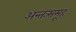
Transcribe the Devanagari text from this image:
अन्तःसमूह